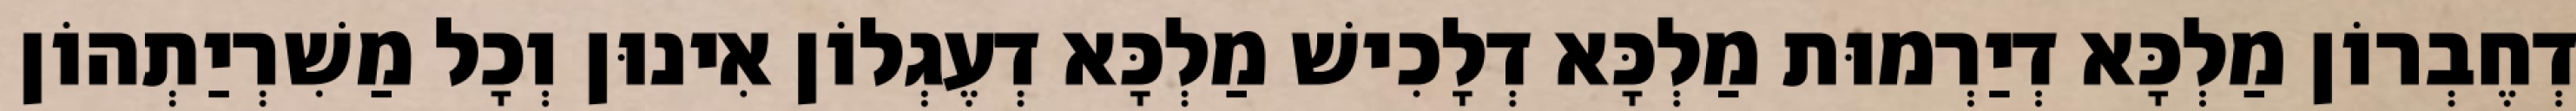
דְחֶבְרוֹן מַלְכָּא דְיַרְמוּת מַלְכָּא דְלָכִישׁ מַלְכָּא דְעֶגְלוֹן אִינוּן וְכָל מַשִׁרְיַתְהוֹן